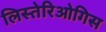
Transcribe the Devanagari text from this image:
लिस्तेरिओगिस